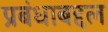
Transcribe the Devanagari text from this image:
प्रबंधाबद्दल